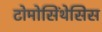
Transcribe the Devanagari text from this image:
टोमोसिंथेसिस